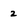
Character: 2